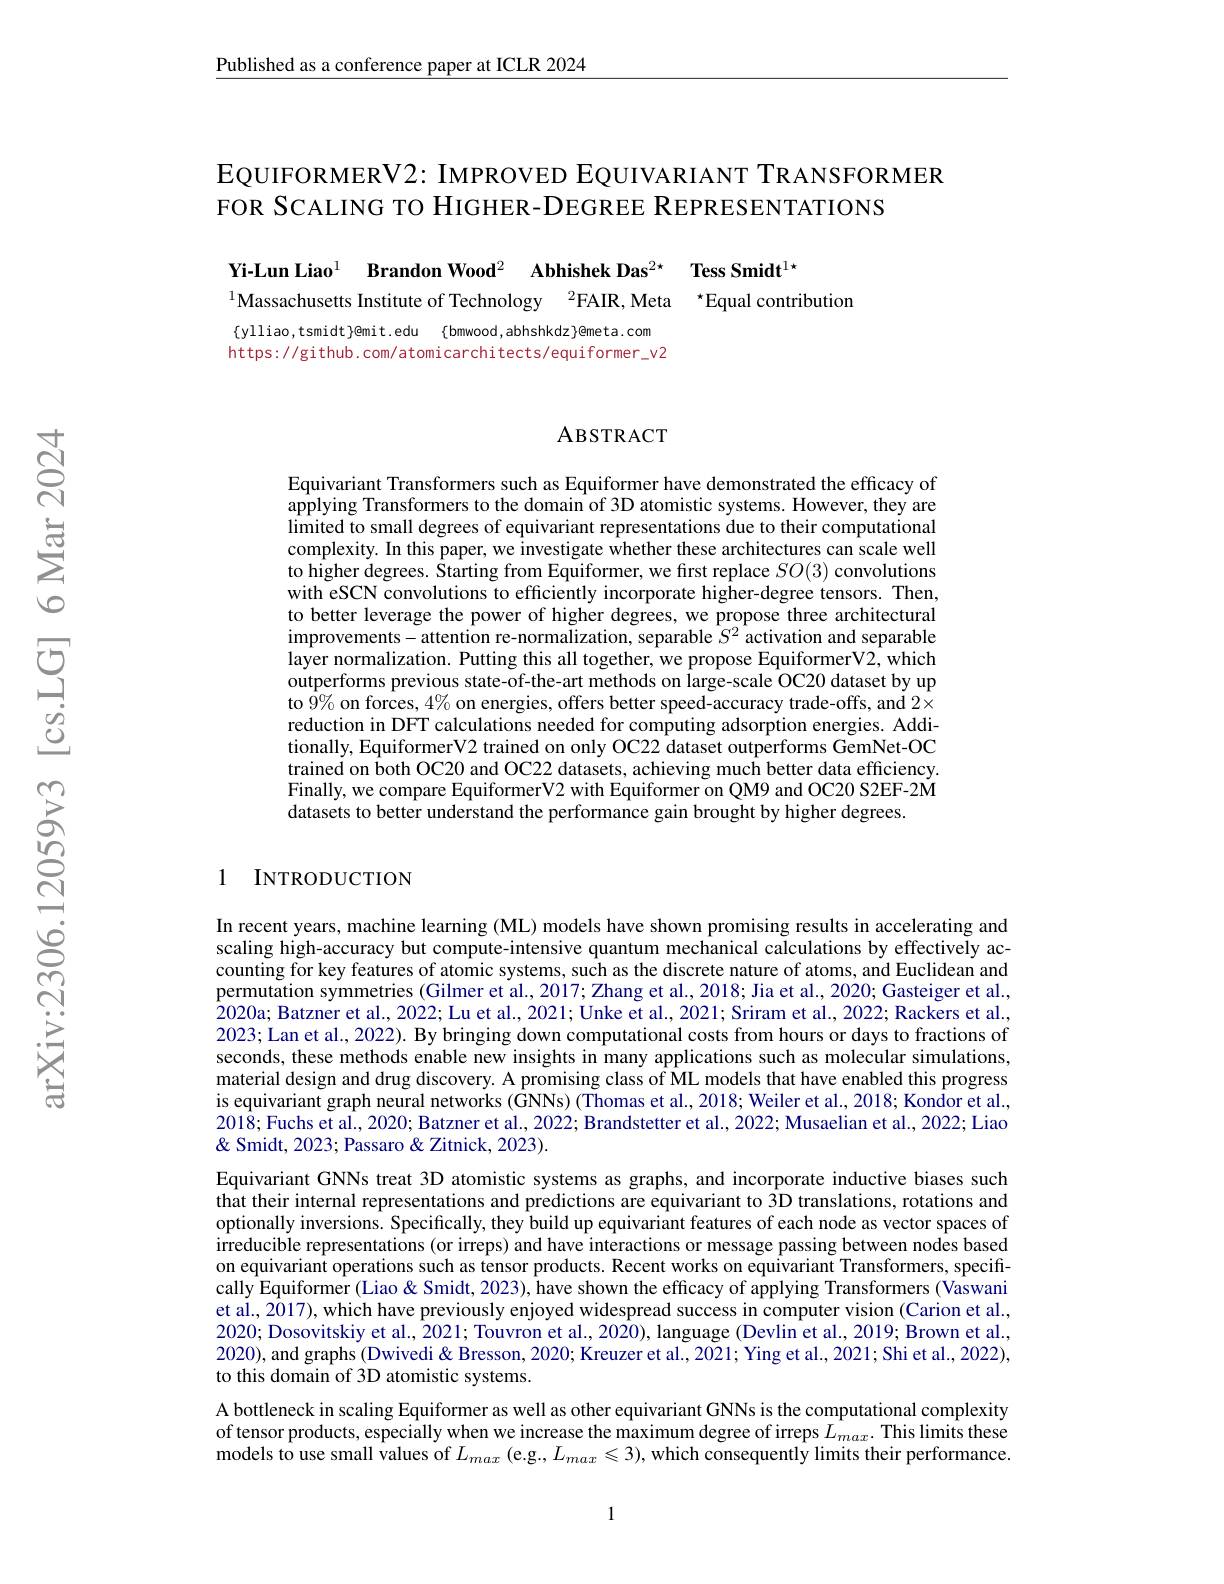
Published as a conference paper at ICLR 2024

EQUIFORMERV2: IMPROVED EQUIVARIANT TRANSFORMER
FOR SCALING TO HIGHER-DEGREE REPRESENTATIONS

Yi-Lun Liao$^1$ $\textbf{Brandon Wood}^2$ $\textbf{Abhishek Das}^{2\star }$ $\textbf{Tess Smidt}^{1\star }$
$^{1}$Massachusetts Institute of Technology$\:^2$FAIR, Meta$\:^*$Equal contribution

$\{ ylliao, tsmidt\} @ mit. edu$ $\{ bmwood, abhshkdz\} @ meta. com$ https: / / github. com/ atomicarchi tects/ equiformer\_v2

### ABSTRACT

Equivariant Transformers such as Equiformer have demonstrated the efficacy of applying Transformers to the domain of 3D atomistic systems. However, they are limited to small degrees of equivariant representations due to their computational complexity. In this paper, we investigate whether these architectures can scale well to higher degrees. Starting from Equiformer, we first replace $SO(3)$ convolutions with eSCN convolutions to efficiently incorporate higher-degree tensors. Then, to better leverage the power of higher degrees, we propose three architectural improvements-attention re-normalization, separable $S^2$ activation and separable $\hat{\text{layer normalization. Putting this all together, we propose EquiformerV2, which}}$ outperforms previous state-of-the-art methods on large-scale OC20 dataset by up to $\hat{9}\%$ on forces, 4% on energies, offers better speed-accuracy trade-offs, and $2\times$ reduction in DFT calculations needed for computing adsorption energies. Additionally, EquiformerV2 trained on only OC22 dataset outperforms GemNet-OC trained on both OC20 and OC22 datasets, achieving much better data efficiency. Finally, we compare EquiformerV2 with Equiformer on QM9 and OC20 S2EF-2M datasets to better understand the performance gain brought by higher degrees.

1 INTRODUCTION

In recent years, machine learning (ML) models have shown promising results in accelerating and scaling high-accuracy but compute-intensive quantum mechanical calculations by effectively accounting for key features of atomic systems, such as the discrete nature of atoms, and Euclidean and permutation symmetries (Gilmer et al.,2017; Zhang et al.,2018; Jia et al., 2020; Gasteiger et al., 2020a; Batzner et al., 2022; Lu et al., 2021; Unke et al., 2021; Sriram et al., 2022; Rackers et al., 2023; Lan et al., 2022). By bringing down computational costs from hours or days to fractions of seconds, these methods enable new insights in many applications such as molecular simulations, material design and drug discovery. A promising class of ML models that have enabled this progress is equivariant graph neural networks (GNNs)(Thomas et al., 2018; Weiler et al., 2018; Kondor et al., 2018; Fuchs et al., 2020; Batzner et al., 2022; Brandstetter et al., 2022; Musaelian et al., 2022; Liao & Smidt, 2023; Passaro & Zitnick, 2023).
Equivariant GNNs treat 3D atomistic systems as graphs, and incorporate inductive biases such that their internal representations and predictions are equivariant to $\hat{3}$D translations, rotations and optionally inversions. Specifically, they build up equivariant features of each node as vector spaces of irreducible representations (or irreps) and have interactions or message passing between nodes based on equivariant operations such as tensor products. Recent works on equivariant Transformers, speciffcally Equiformer (Liao & Smidt, 2023), have shown the efficacy of applying Transformers (Vaswani et al. 2017), which have previously enjoyed widespread success in computer vision (Carion et al., 2020; Dosovitskiy et al., 2021; Touvron et al., 2020), language (Devlin et al., 2019; Brown et al., 2020), and graphs (Dwivedi & Bresson, 2020; Kreuzer et al., 2021; Ying et al., 2021; Shi et al., 2022), to this domain of 3D atomistic systems.
A bottleneck in scaling Equiformer as well as other equivariant GNNs is the computational complexity of tensor products, especially when we increase the maximum degree of irreps $\hat{L}_{max}.$ This limits these models to use small values of $L_{max}$ (e.g., $L_max\leqslant3)$, which consequently limits their performance.

1